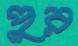
পুর